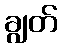
ချွတ်